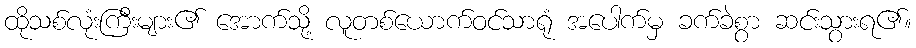
ထိုသစ်လုံးကြီးများ၏ အောက်သို့ လူတစ်ယောက်ဝင်သာရုံ အပေါက်မှ ခက်ခဲစွာ ဆင်းသွားရ၏။